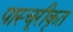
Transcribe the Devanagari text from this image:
पास्चूरीकृत